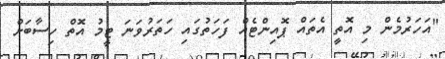
"އަހަރުމެން މި އޮތީ އެތައް ޕޮއިންޓެއް ފަހަތުގައި ހަތަރުވަނަ ޓީމު އޮތް ހިސާބަށް